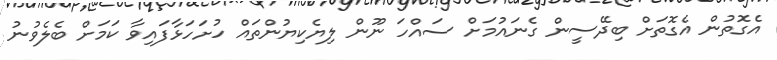
އެގޮތުން އެގޮތަށް ބިދޭސީން ގެނައުމަށް ސައްހަ ނޫން ލިޔެކިޔުންތައް ހުށަހަޅާފައިވާ ކަމަށް ބެލެވުނު